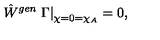
\hat { W } ^ { g e n } \left. \Gamma \right| _ { \chi = 0 = \chi _ { A } } = 0 ,